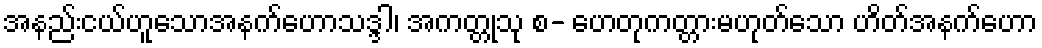
အနည်းငယ်ဟူသောအနက်ဟောသဒ္ဒါ၊ အကတ္တုသု စ- ဟေတုကတ္တားမဟုတ်သော ဟိတ်အနက်ဟော